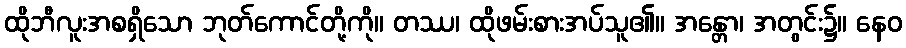
ထိုဘီလူးအစရှိသော ဘုတ်ကောင်တို့ကို။ တဿ၊ ထိုဖမ်းစားအပ်သူ၏။ အန္တော၊ အတွင်း၌။ နေဝ